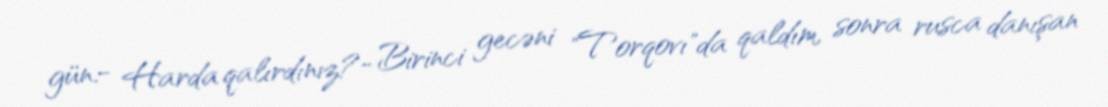
gün.- Harda qalırdınız?- Birinci gecəni "Torqovı"da qaldım, sonra rusca danışan